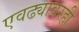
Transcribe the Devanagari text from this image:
एवढ्यावरही